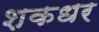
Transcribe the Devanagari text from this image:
शकधर